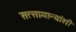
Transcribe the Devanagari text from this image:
सत्सामान्यांशी